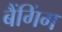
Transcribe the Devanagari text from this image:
बैंगिंग